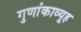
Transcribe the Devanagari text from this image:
गुणांकाव्यूह